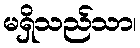
မရှိသည်သာ၊